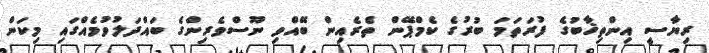
ރިޔާސީ އިންތިޚާބުގެ ފުރަތަމަ ބުރުގެ ކެމްޕޭން ތެރެއިން ބޭއްވި ނޫސްވެރިންގެ ބައްދަލުވުމެއްގައި މިކަން